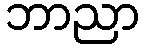
ဘာညာ